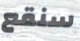
سنقع